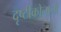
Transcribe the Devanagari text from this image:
दृष्टीकोनानी